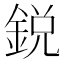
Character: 鋭